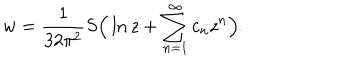
w = \frac { 1 } { 3 2 \pi ^ { 2 } } S \Big ( \ln z + \sum _ { n = 1 } ^ { \infty } c _ { n } z ^ { n } \Big ) .